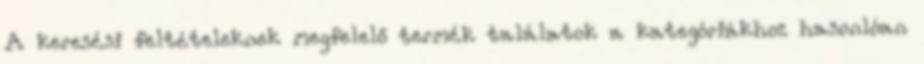
A keresési feltételeknek megfelelő termék találatok a kategóriákhoz hasonlóan